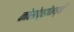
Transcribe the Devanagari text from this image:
कोसोव्होमध्ये